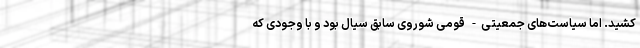
کشید. اما سیاست‌های جمعیتی- قومی شوروی سابق سیال بود و با وجودی که